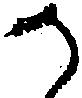
か